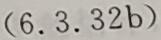
$(6.3.32b)$